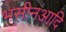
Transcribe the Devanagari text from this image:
भसीनआदि